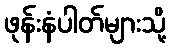
ဖုန်းနံပါတ်များသို့